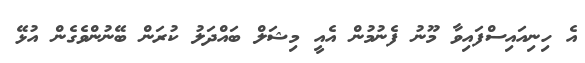
އެ ހިނިއައިސްފައިވާ މޫނު ފެނުމުން އެއީ މިޝަލް ބައްދަލު ކުރަން ބޭނުންވެގެން އުޅޭ